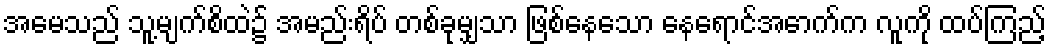
အမေသည် သူ့မျက်စိထဲ၌ အမည်းရိပ် တစ်ခုမျှသာ ဖြစ်နေသော နေရောင်အောက်က လူကို ထပ်ကြည့်